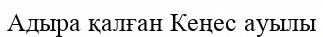
Адыра қалған Кеңес ауылы